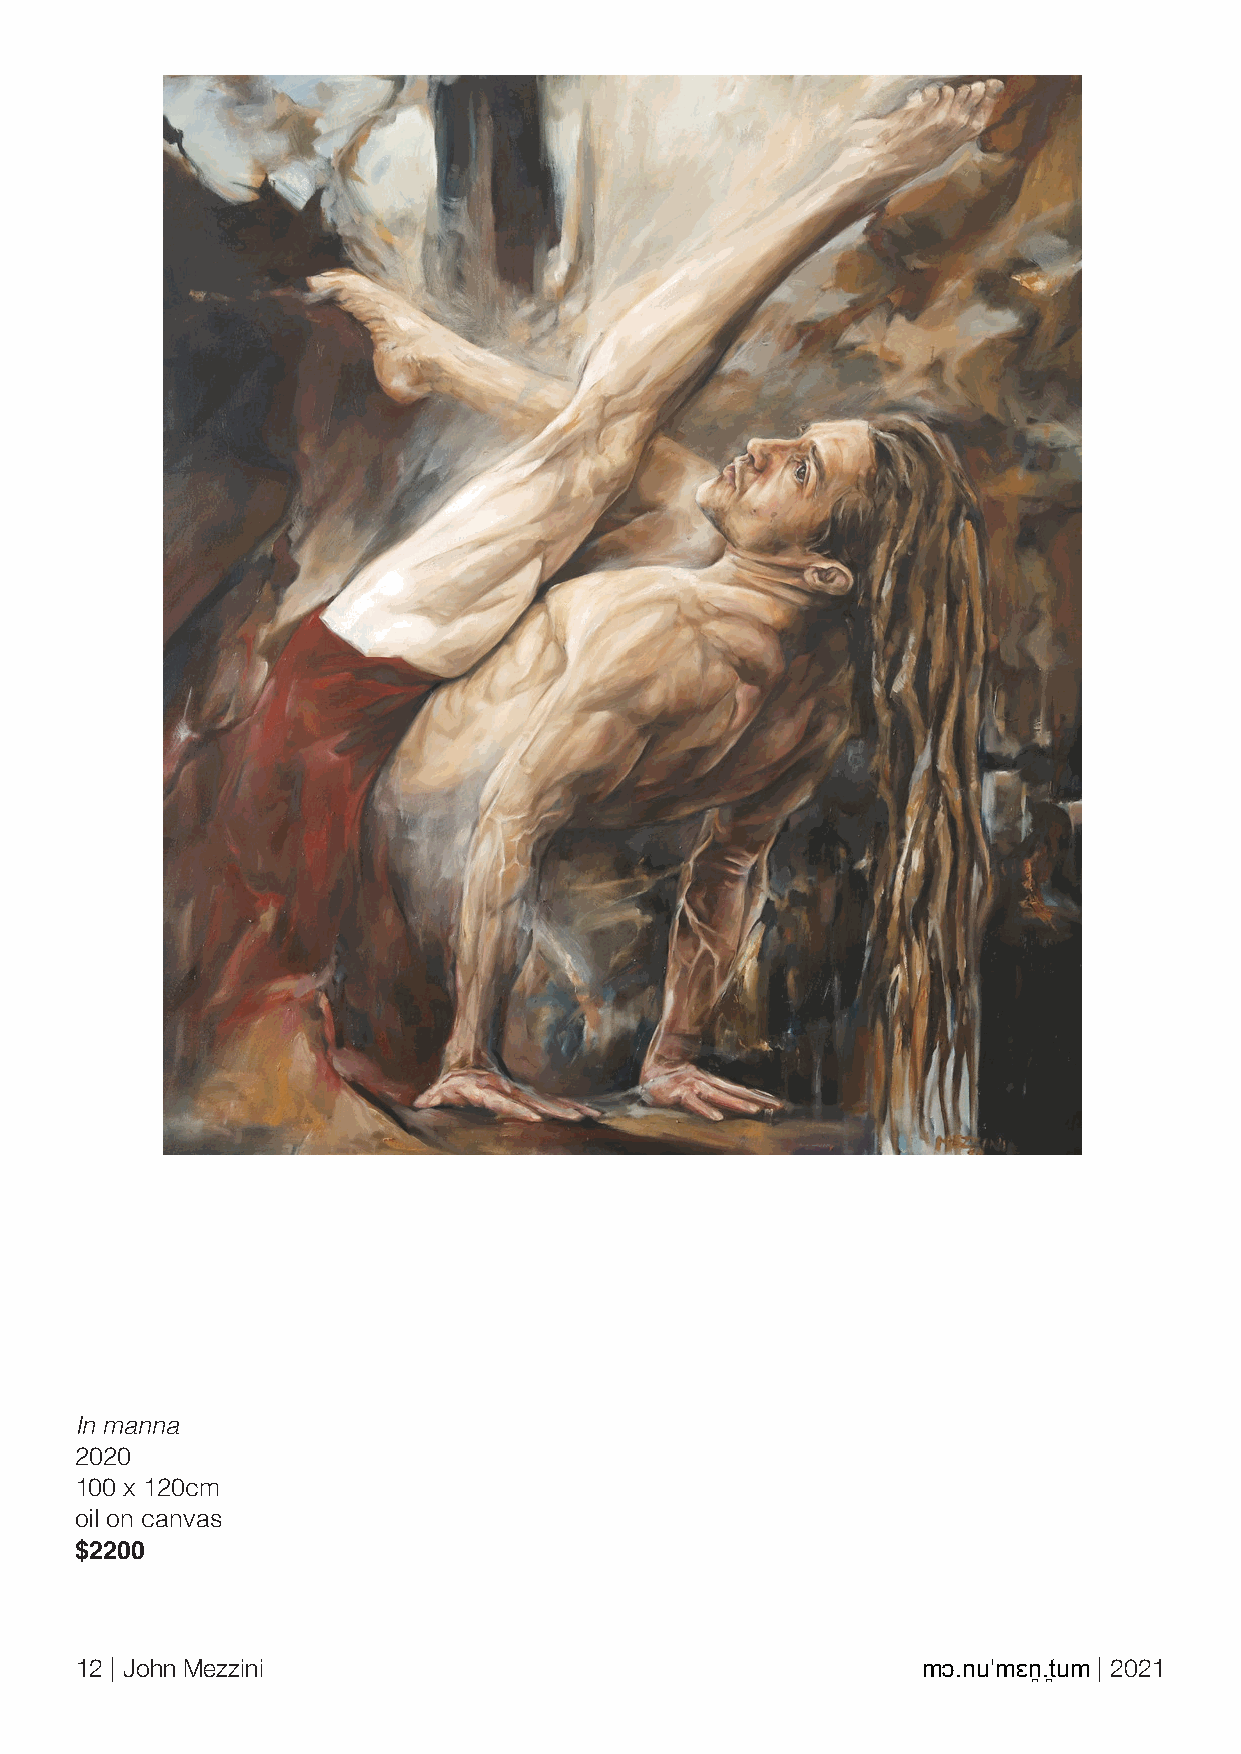
In manna
 2020
 100 x 120cm
 oil on canvas
 $2200
 12 | John Mezzini                                       mɔ.nuˈmɛn̪.t̪um | 2021